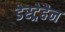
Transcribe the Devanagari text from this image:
डेस्ट्रेहैन